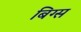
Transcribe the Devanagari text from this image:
बिग्स